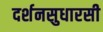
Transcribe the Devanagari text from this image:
दर्शनसुधारसी